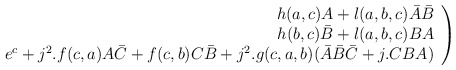
\begin{align*}\left. \begin{array}{r}h(a,c)A+l(a,b,c)\bar A\bar B \\ h(b,c)\bar B+l(a,b,c)BA \\ e^c+j^2.f(c,a)A\bar C+f(c,b)C\bar B+j^2.g(c,a,b)(\bar A\bar B\bar C+j.CBA)\end{array}\right)\end{align*}